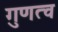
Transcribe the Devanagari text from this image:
गुणत्व